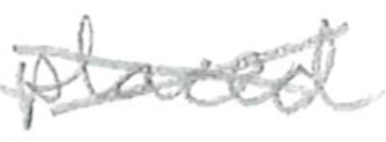
Text: placed
Cross-out: cross
Writing tool: pencil